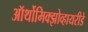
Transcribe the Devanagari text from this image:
ऑर्थोमिक्झोव्हायरीडे